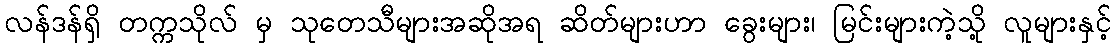
လန်ဒန်ရှိ တက္ကသိုလ် မှ သုတေသီများအဆိုအရ ဆိတ်များဟာ ခွေးများ၊ မြင်းများကဲ့သို့ လူများနှင့်